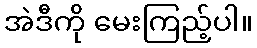
အဲဒီကို မေးကြည့်ပါ။